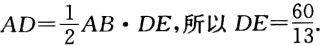
$AD = \frac{1}{2}AB\cdot DE\text{,所以}DE = \frac{60}{13}.$